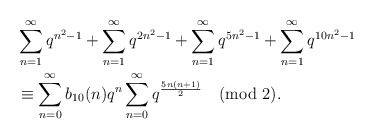
\begin{align*}&\sum_{n=1}^{\infty}q^{n^2-1}+\sum_{n=1}^{\infty}q^{2n^2-1}+\sum_{n=1}^{\infty}q^{5n^2-1}+\sum_{n=1}^{\infty}q^{10n^2-1}\\&\equiv \sum_{n=0}^{\infty}b_{10}(n)q^{n}\sum_{n=0}^{\infty}q^{\frac{5n(n+1)}{2}}\pmod{2}.\end{align*}